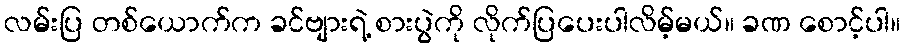
လမ်းပြ တစ်ယောက်က ခင်ဗျားရဲ့ စားပွဲကို လိုက်ပြပေးပါလိမ့်မယ်။ ခဏ စောင့်ပါ။